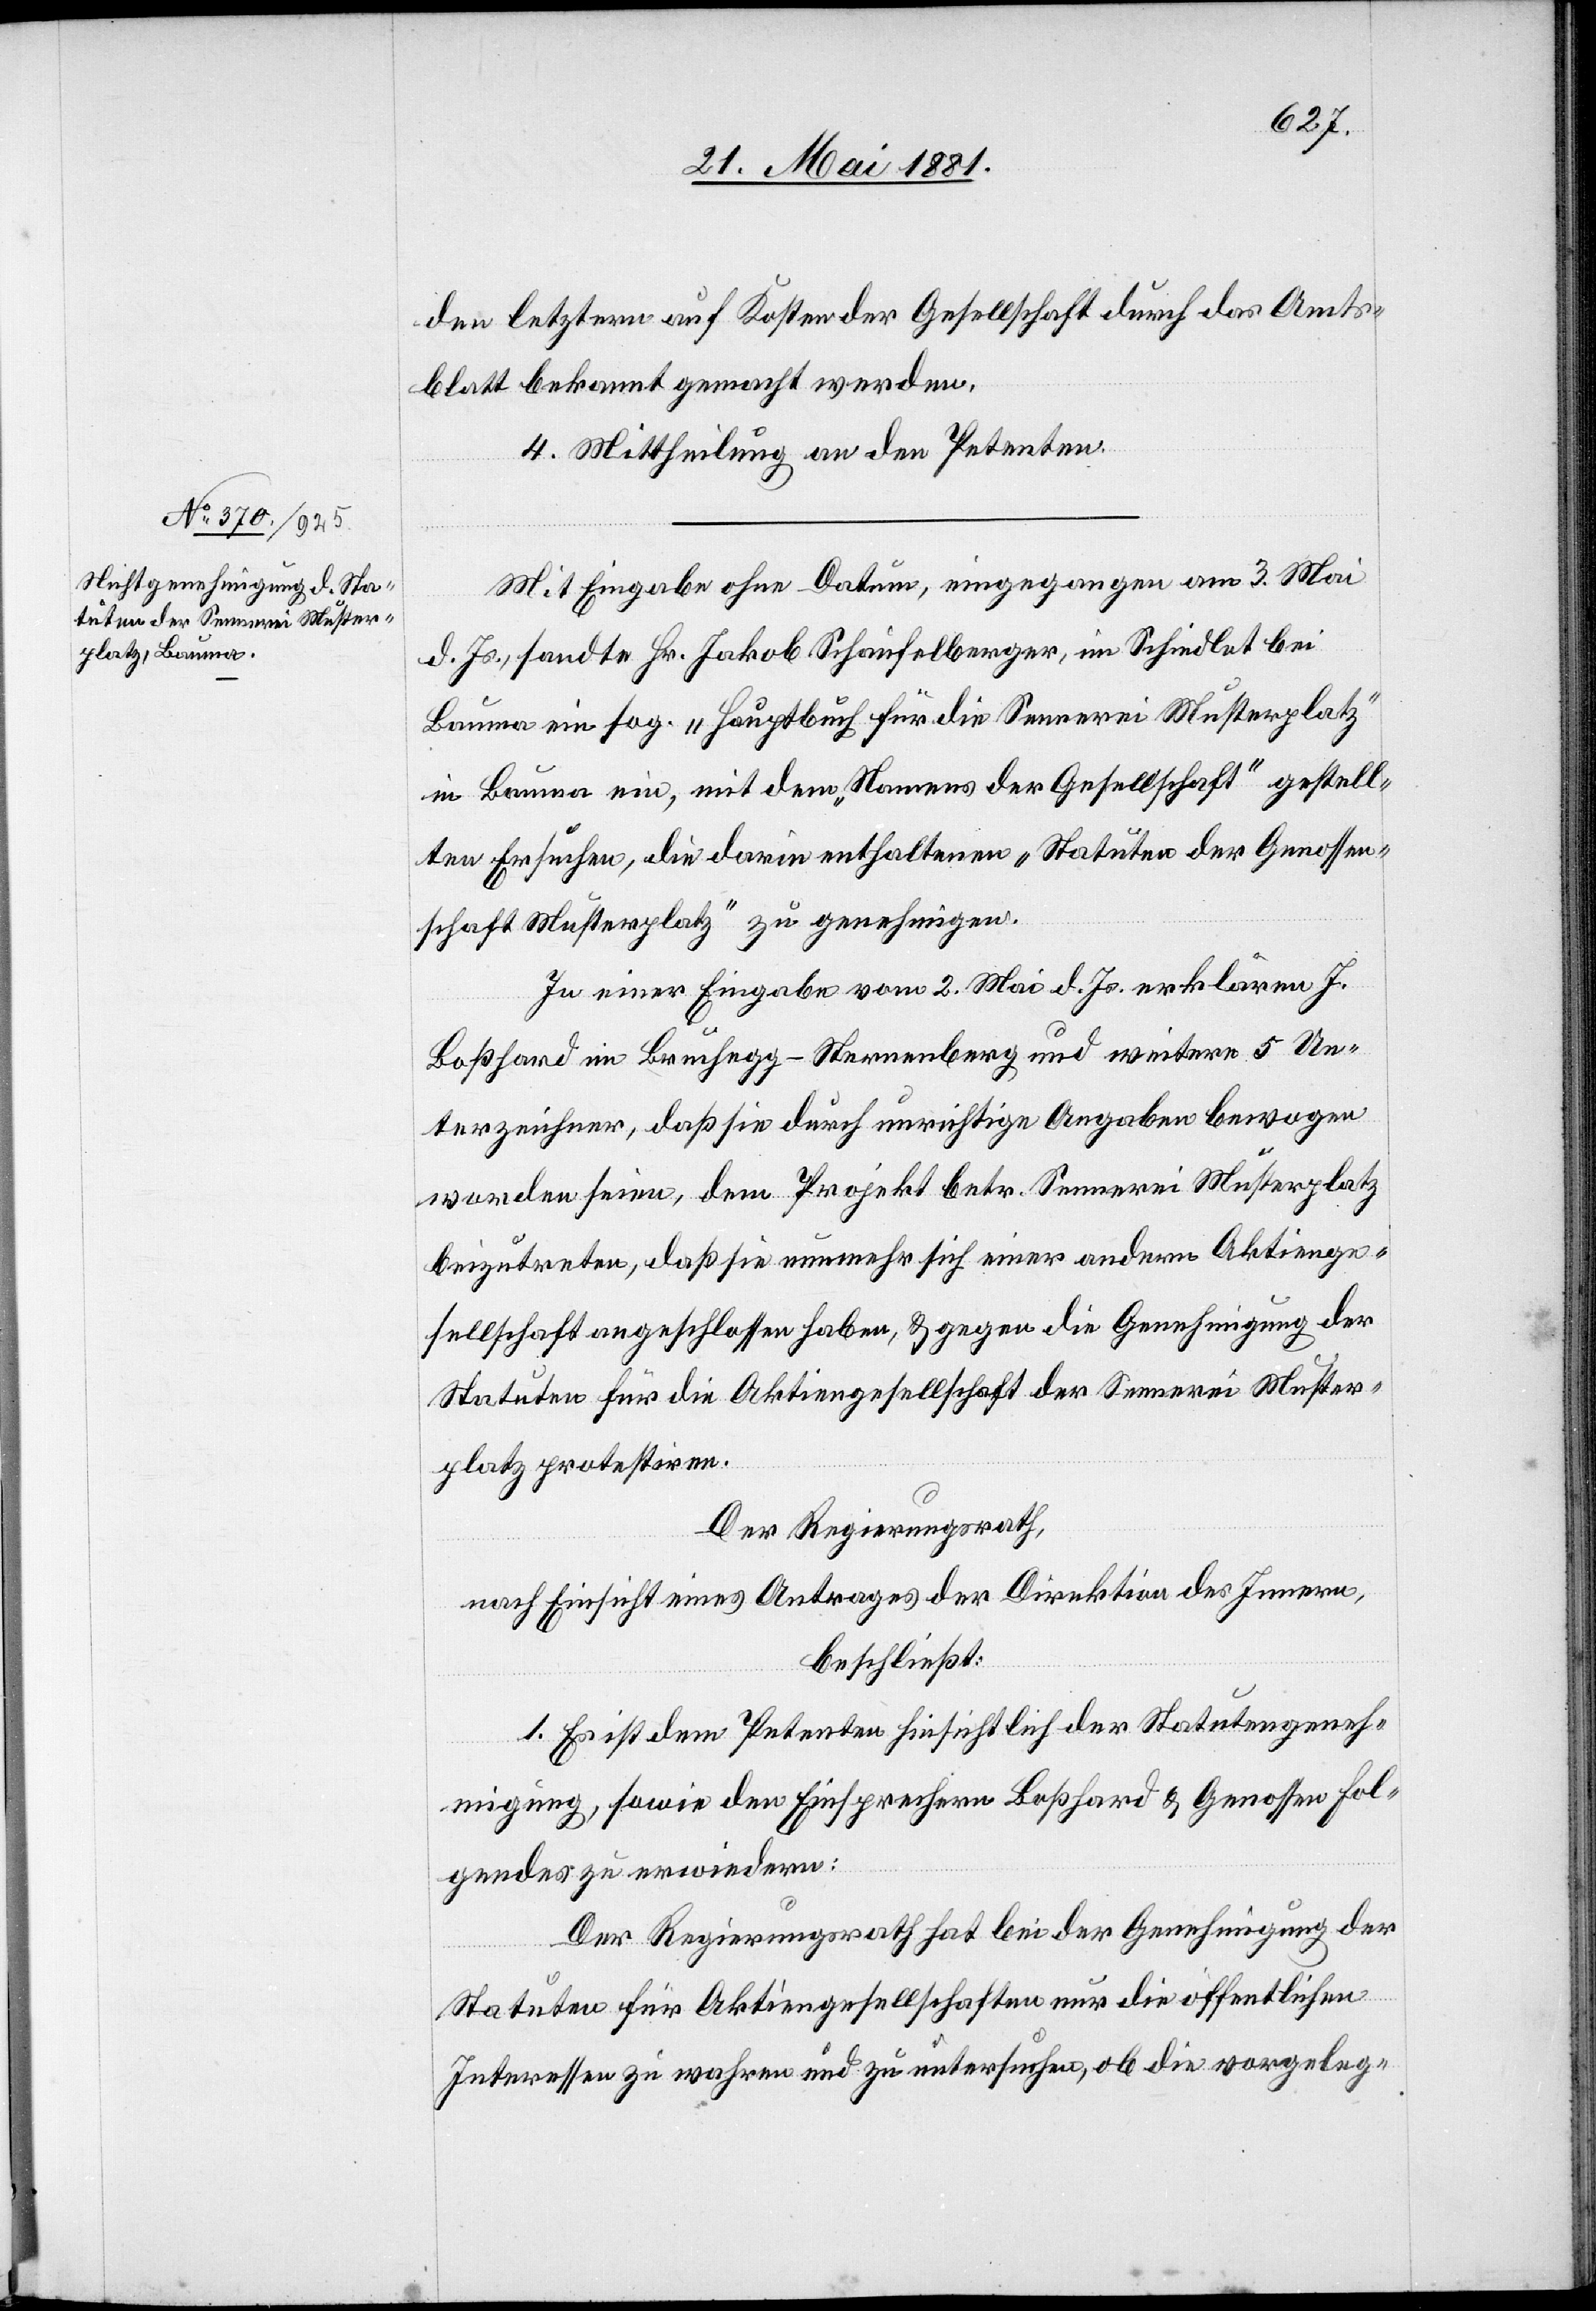
den letzten auf Kosten der Gesellschaft durch das Amts¬
blatt bekannt gemacht werden.
4. Mittheilung an den Petenten.